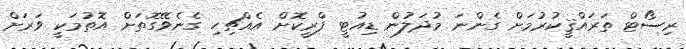
ރިސޯޓް ތަރައްޤީކުރުމަށް ގެންނަ މުދަލުން ޑިއުޓީ ފްރީކޮށް އެއްޗިހި ގެނެވޭގޮތަށް އޮތުމަކީ ވަރަށް